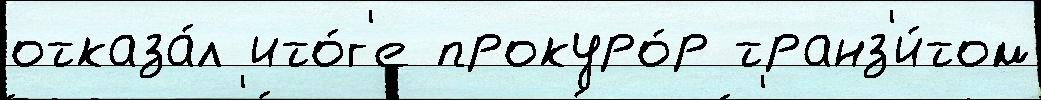
отказа́л ито́г'е прокуро́р транз'и́том